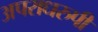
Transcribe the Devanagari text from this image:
अपराधरुपी